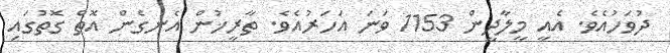
ދުވަހުއެވެ. އެއީ މީލާދީން 1153 ވަނަ އަހަރުއެވެ. ތާރީޚުން އެނގެން އޮތް ގޮތުގައި